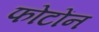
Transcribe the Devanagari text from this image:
फोटोंन